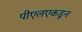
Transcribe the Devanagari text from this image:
पीएलएकडून